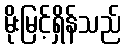
မိုးမြင့်ရှိန်သည်